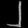
Digit: ၂